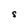
Character: S